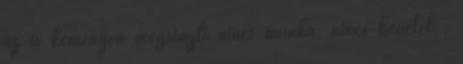
az is keményen megsínyli nincs munka, nincs bevétel ,